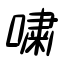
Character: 嘯